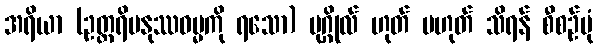
အရိယာ (ဥတ္တရိမနုဿဓမ္မကို ရသော) ပုဂ္ဂိုလ် ဟုတ် မဟုတ် သိရန် စီစဉ်ပုံ